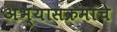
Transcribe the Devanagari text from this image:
अभ्‍यासक्रमांचे